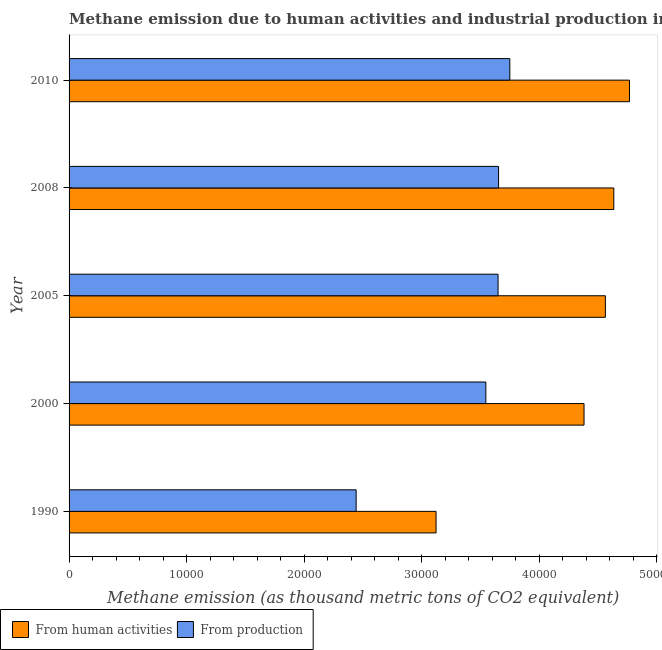
| Year | From human activities | From production |
 | --- | --- | --- |
 | 1990 | 3.12e+04 | 2.44e+04 |
 | 2000 | 4.38e+04 | 3.54e+04 |
 | 2005 | 4.56e+04 | 3.65e+04 |
 | 2008 | 4.63e+04 | 3.65e+04 |
 | 2010 | 4.77e+04 | 3.75e+04 |